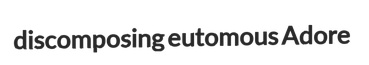
discomposing eutomous Adore